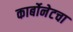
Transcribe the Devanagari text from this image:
कार्बोनेटचा